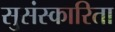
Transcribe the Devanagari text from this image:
सुसंस्कारिता